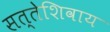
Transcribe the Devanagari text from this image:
सत्तेशिवाय